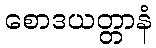
စောဒယတ္တာနံ